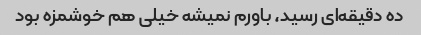
ده دقیقه‌ای رسید، باورم نمیشه خیلی هم خوشمزه بود